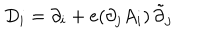
D _ { i } = \partial _ { i } + e ( \partial _ { j } A _ { i } ) \, \tilde { \partial } _ { j }